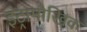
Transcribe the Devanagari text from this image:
इंट्रामौखिक